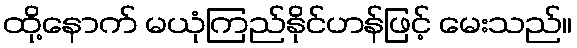
ထို့နောက် မယုံကြည်နိုင်ဟန်ဖြင့် မေးသည်။